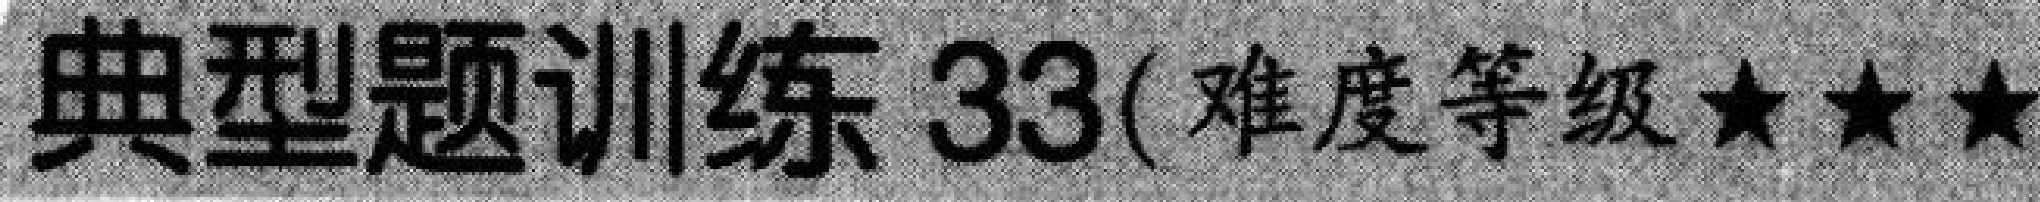
典型题训练 33(难度等级★★★)